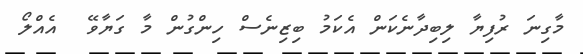
މާގިނަ ރުފިޔާ ލިބިދާނެކަން އެކަމު ބިޒިނެސް ހިންގުން މާ ގަޔާވޭ  އެއްލޯ